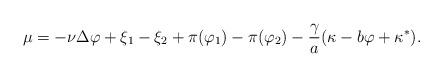
LaTeX: \begin{align*} \mu= - \nu \Delta \varphi + \xi_1 - \xi_2 + \pi(\varphi_1) - \pi(\varphi_2) - \frac{\gamma}{a} (\kappa - b \varphi + \kappa^*). \end{align*}